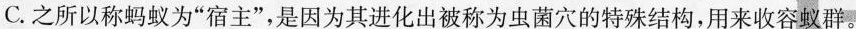
C.之所以称蚂蚁为”宿主”，是因为其进化出被称为虫菌穴的特殊结构，用来收容蚁群。